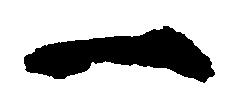
一